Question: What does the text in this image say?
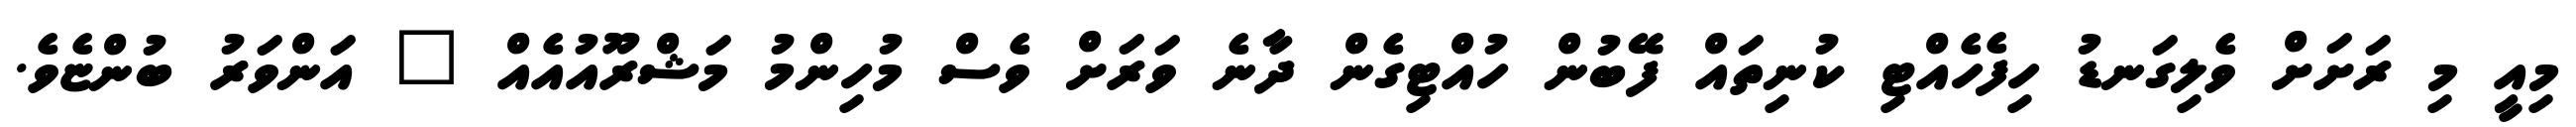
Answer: މިއީ މި ރަށަށް ވެލިގަނޑު ހިފެހެއްޓި ކުނިތައް ފޭބުން ހުއްޓިގެން ދާނެ ވަރަށް ވެސް މުހިންމު މަޝްރޫއުއެއް " އަންވަރު ބުންޏެވެ.